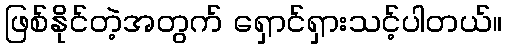
ဖြစ်နိုင်တဲ့အတွက် ရှောင်ရှားသင့်ပါတယ်။